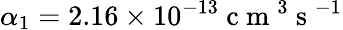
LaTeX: \alpha_{1}=2.16\times 10^{-13}\mathrm{~c~m~}^{3}\mathrm{~s~}^{-1}